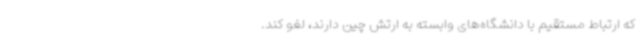
که ارتباط مستقیم با دانشگاه‌های وابسته به ارتش چین دارند، لغو کند.